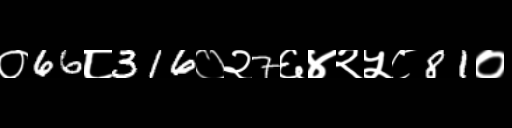
Text: ०66८316०२7६४२५८81०